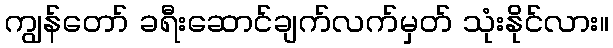
ကျွန်တော် ခရီးဆောင်ချက်လက်မှတ် သုံးနိုင်လား။